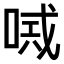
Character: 𠸴